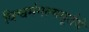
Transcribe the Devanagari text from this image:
विश्वमंगल्यमूर्तये